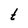
Character: t